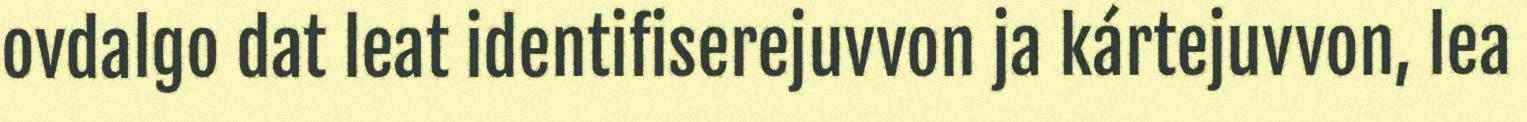
ovdalgo dat leat identifiserejuvvon ja kártejuvvon, lea